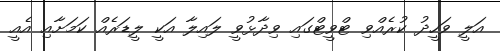
އަލީ ވަހީދު ކުރެއްވި ޓްވީޓްގައި ވިދާޅުވީ ލައިލާ އަކީ ލީޑަރެއް ކަމަށާއި އެއީ